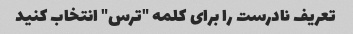
تعریف نادرست را برای کلمه "ترس" انتخاب کنید